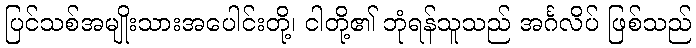
ပြင်သစ်အမျိုးသားအပေါင်းတို့၊ ငါတို့၏ ဘုံရန်သူသည် အင်္ဂလိပ် ဖြစ်သည်